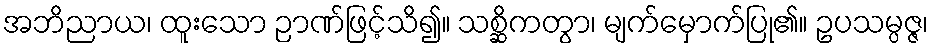
အဘိညာယ၊ ထူးသော ဉာဏ်ဖြင့်သိ၍။ သစ္ဆိကတွာ၊ မျက်မှောက်ပြု၏။ ဥပသမ္ပဇ္ဇ၊